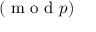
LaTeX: ( { \textrm { m o d } } p )